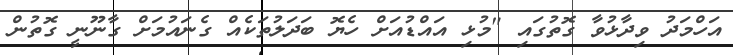
އަހްމަދު ވިދާޅުވާ ގޮތުގައި "މުޅި އައްޑުއަށް ހެޔޮ ބަދަލުތަކެއް ގެނައުމަށް ގާނޫނީ ގޮތުން